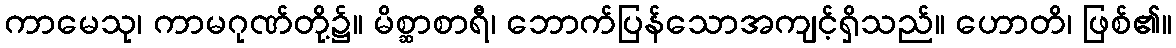
ကာမေသု၊ ကာမဂုဏ်တို့၌။ မိစ္ဆာစာရီ၊ ဘောက်ပြန်သောအကျင့်ရှိသည်။ ဟောတိ၊ ဖြစ်၏။